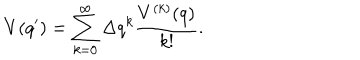
V ( q ^ { \prime } ) = \sum _ { k = 0 } ^ { \infty } \Delta q ^ { k } \frac { V ^ { ( k ) } ( q ) } { k ! } .